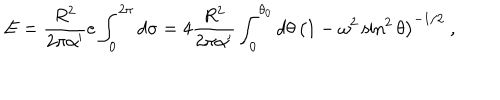
E = { \frac { R ^ { 2 } } { 2 \pi \alpha ^ { \prime } } } e \int _ { 0 } ^ { 2 \pi } d \sigma = 4 { \frac { R ^ { 2 } } { 2 \pi \alpha ^ { \prime } } } \int _ { 0 } ^ { \theta _ { 0 } } d \theta \, \left( 1 - \omega ^ { 2 } \sin ^ { 2 } \theta \right) ^ { - 1 / 2 } \ ,